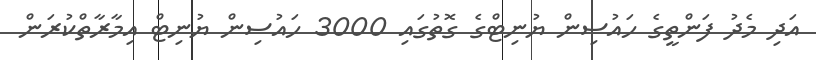
އަދި މެދު ފަންތީގެ ހައުސިން ޔުނިޓްގެ ގޮތުގައި 3000 ހައުސިން ޔުނިޓް އިމާރާތްކުރަން